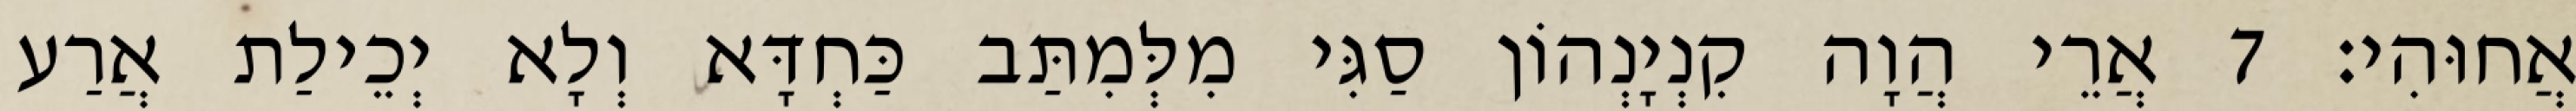
אֲחוּהִי׃ 7 אֲרֵי הֲוָה קִנְיָנְהוֹן סַגִּי מִלְּמִתַּב כַּחְדָּא וְלָא יְכֵילַת אֲרַע